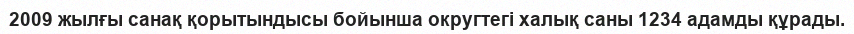
2009 жылғы санақ қорытындысы бойынша округтегі халық саны 1234 адамды құрады.